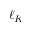
\ell _ { K }